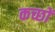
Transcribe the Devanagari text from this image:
कच्छों